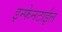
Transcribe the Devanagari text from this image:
इन्फेनटाईल